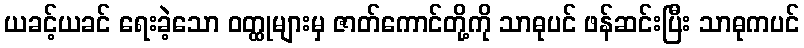
ယခင့်ယခင် ရေးခဲ့သော ဝတ္ထုများမှ ဇာတ်ကောင်တို့ကို သာဓုပင် ဖန်ဆင်းပြီး သာဓုကပင်